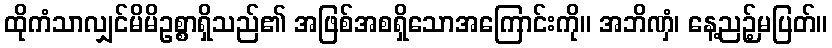
ထိုကံသာလျှင်မိမိဥစ္စာရှိသည်၏ အဖြစ်အစရှိသောအကြောင်းကို။ အဘိဏှံ၊ နေ့ညဉ့်မပြတ်။